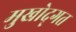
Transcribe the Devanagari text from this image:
मुखोद्गत